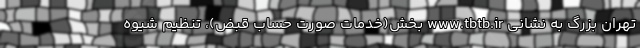
تهران بزرگ به نشانی www.tbtb.ir بخش(خدمات صورت حساب قبض)، تنظیم شیوه